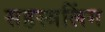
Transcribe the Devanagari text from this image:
सहस्त्रलिंग